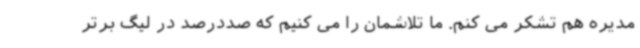
مدیره هم تشکر می کنم. ما تلاشمان را می کنیم که صددرصد در لیگ برتر